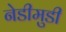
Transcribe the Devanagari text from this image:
नेडीमुडी